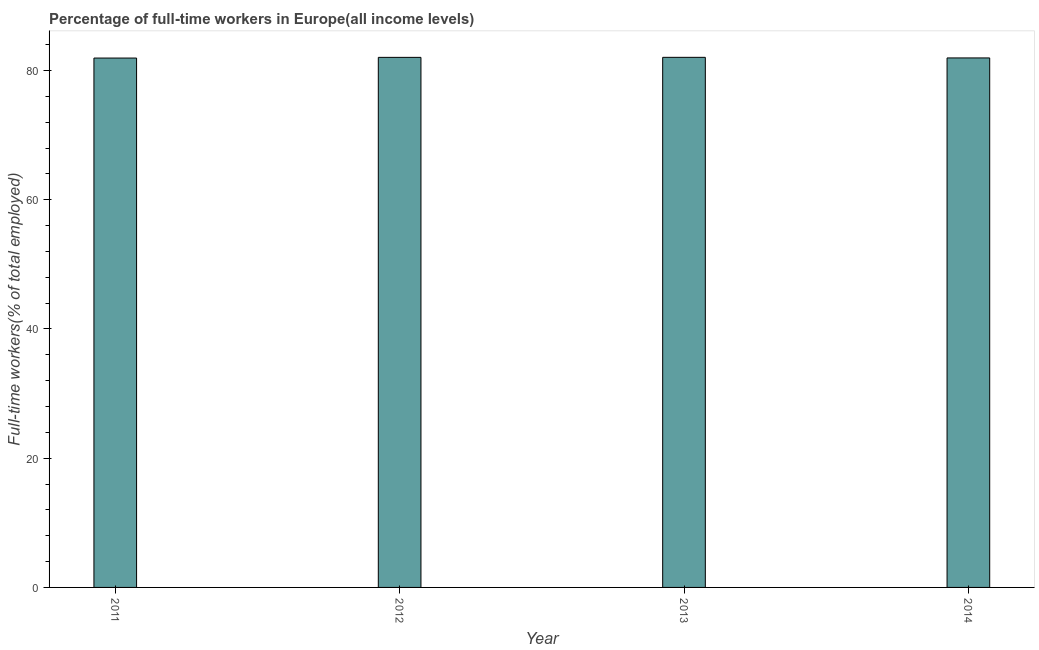
| Year | Wage and salaried workers |
 | --- | --- |
 | 2011 | 81.9 |
 | 2012 | 82 |
 | 2013 | 82 |
 | 2014 | 82 |